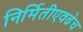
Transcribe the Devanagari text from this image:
निर्मितीएवढेच